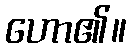
ဟော၏။